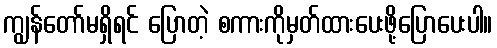
ကျွန်တော်မရှိရင် ပြောတဲ့ စကားကိုမှတ်ထားပေးဖို့ပြောပေးပါ။